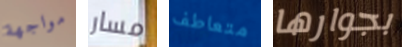
مواجهة مسار متعاطف بجوارها